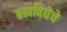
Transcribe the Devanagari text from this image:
ब्रह्मविद्येचे